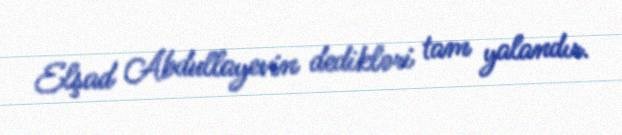
Elşad Abdullayevin dedikləri tam yalandır.